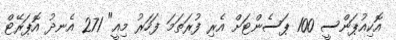
އޮކިއުޕަންސީ 100 ޕަސެންޓަށް އެރި ފުރަތަމަ ފަހަރު މިއީ" 271 އެނދު އޮޕަރޭޓް